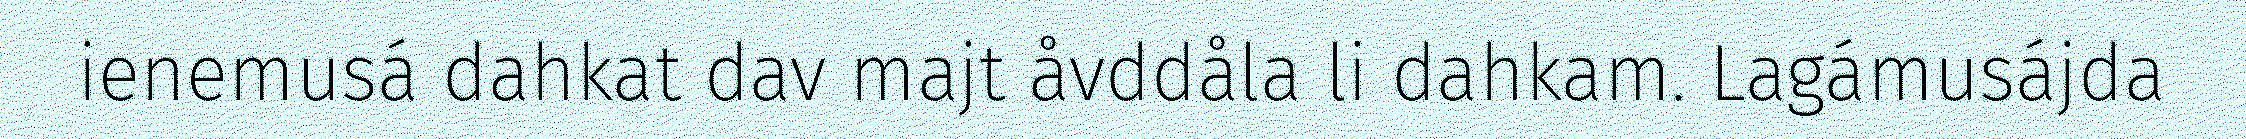
ienemusá dahkat dav majt åvddåla li dahkam. Lagámusájda